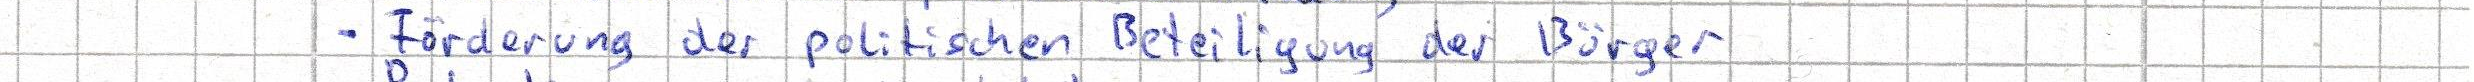
- Förderung der politischen Beteiligung der Bürger